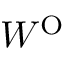
W ^ { \mathrm { O } }